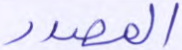
المصدر